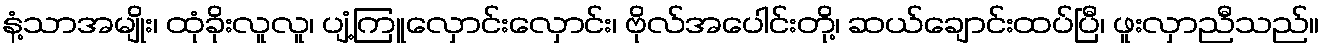
နံ့သာအမျိုး၊ ထုံခိုးလူလူ၊ ပျံ့ကြူလှောင်းလှောင်း၊ ဗိုလ်အပေါင်းတို့၊ ဆယ်ချောင်းထပ်ပြီ၊ ဖူးလှာညီသည်။